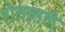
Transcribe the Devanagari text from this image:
शेतातले